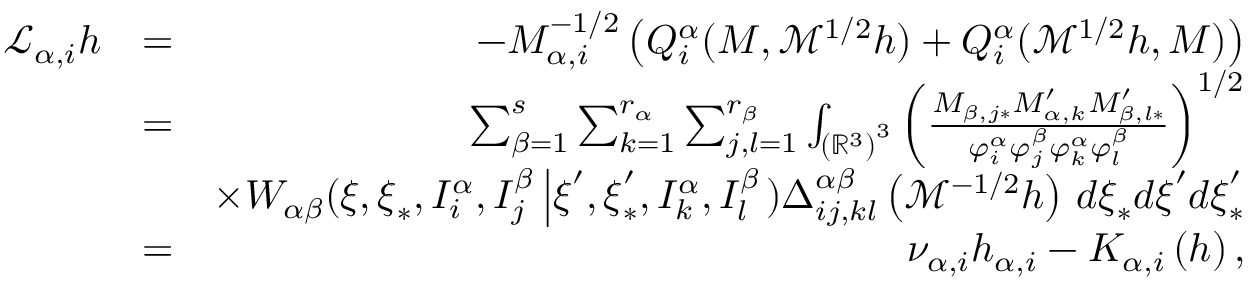
\begin{array} { r l r } { \mathcal { L } _ { \alpha , i } h } & { = } & { - M _ { \alpha , i } ^ { - 1 / 2 } \left( Q _ { i } ^ { \alpha } ( M , \mathcal { M } ^ { 1 / 2 } h ) + Q _ { i } ^ { \alpha } ( \mathcal { M } ^ { 1 / 2 } h , M ) \right) } \\ & { = } & { \sum _ { \beta = 1 } ^ { s } \sum _ { k = 1 } ^ { r _ { \alpha } } \sum _ { j , l = 1 } ^ { r _ { \beta } } \int _ { \left( \mathbb { R } ^ { 3 } \right) ^ { 3 } } \left( \frac { M _ { \beta , j \ast } M _ { \alpha , k } ^ { \prime } M _ { \beta , l \ast } ^ { \prime } } { \varphi _ { i } ^ { \alpha } \varphi _ { j } ^ { \beta } \varphi _ { k } ^ { \alpha } \varphi _ { l } ^ { \beta } } \right) ^ { 1 / 2 } } \\ & { } & { \times W _ { \alpha \beta } ( \boldsymbol { \xi } , \boldsymbol { \xi } _ { \ast } , I _ { i } ^ { \alpha } , I _ { j } ^ { \beta } \left\vert \boldsymbol { \xi } ^ { \prime } , \boldsymbol { \xi } _ { \ast } ^ { \prime } , I _ { k } ^ { \alpha } , I _ { l } ^ { \beta } \right. ) \Delta _ { i j , k l } ^ { \alpha \beta } \left( \mathcal { M } ^ { - 1 / 2 } h \right) \, d \boldsymbol { \xi } _ { \ast } d \boldsymbol { \xi } ^ { \prime } d \boldsymbol { \xi } _ { \ast } ^ { \prime } } \\ & { = } & { \nu _ { \alpha , i } h _ { \alpha , i } - K _ { \alpha , i } \left( h \right) \mathrm { , } } \end{array}